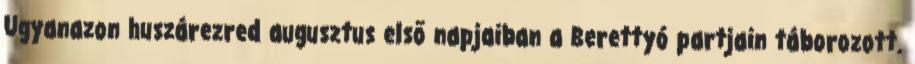
Ugyanazon huszárezred augusztus első napjaiban a Berettyó partjain táborozott.